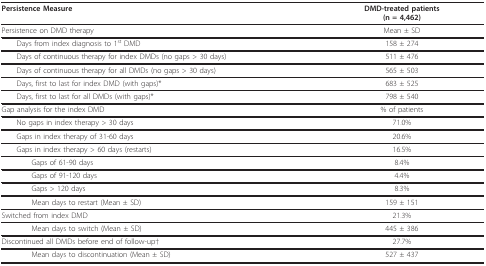
<table><thead><tr><td><b>Persistence Measure</b></td><td><b>DMD-treated patients(n = 4,462)</b></td></tr></thead><tbody><tr><td>Persistence on DMD therapy</td><td>Mean ± SD</td></tr><tr><td> Days from index diagnosis to 1<sup>st </sup>DMD</td><td>158 ± 274</td></tr><tr><td> Days of continuous therapy for index DMDs (no gaps &gt; 30 days)</td><td>511 ± 476</td></tr><tr><td> Days of continuous therapy for all DMDs (no gaps &gt; 30 days)</td><td>565 ± 503</td></tr><tr><td> Days, first to last for index DMD (with gaps)*</td><td>683 ± 525</td></tr><tr><td> Days, first to last for all DMDs (with gaps)*</td><td>798 ± 540</td></tr><tr><td>Gap analysis for the index DMD</td><td>% of patients</td></tr><tr><td> No gaps in index therapy &gt; 30 days</td><td>71.0%</td></tr><tr><td> Gaps in index therapy of 31-60 days</td><td>20.6%</td></tr><tr><td> Gaps in index therapy &gt; 60 days (restarts)</td><td>16.5%</td></tr><tr><td>Gaps of 61-90 days</td><td>8.4%</td></tr><tr><td>Gaps of 91-120 days</td><td>4.4%</td></tr><tr><td>Gaps &gt; 120 days</td><td>8.3%</td></tr><tr><td>Mean days to restart (Mean ± SD)</td><td>159 ± 151</td></tr><tr><td>Switched from index DMD</td><td>21.3%</td></tr><tr><td>Mean days to switch (Mean ± SD)</td><td>445 ± 386</td></tr><tr><td>Discontinued all DMDs before end of follow-up†</td><td>27.7%</td></tr><tr><td>Mean days to discontinuation (Mean ± SD)</td><td>527 ± 437</td></tr></tbody></table>